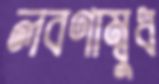
লবণাম্বুধ